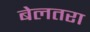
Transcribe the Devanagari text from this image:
बेलतरा